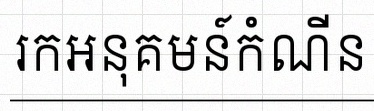
រកអនុគមន៍កំណើន